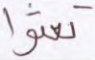
تعثوا